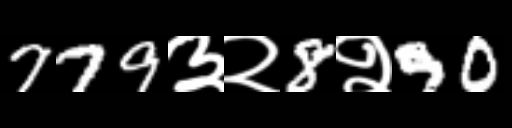
Text: 779३२8२90